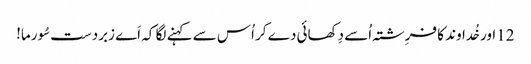
12اور خُداوند کا فرِشتہ اُسے دِکھائی دے کر اُس سے کہنے لگا کہ اَے زبردست سُورما!